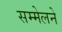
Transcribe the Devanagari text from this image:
सम्मेलने